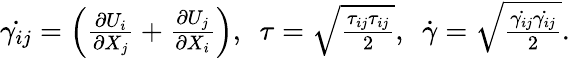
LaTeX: \begin{array}{r}{\dot{\gamma_{ij}}=\left(\frac{\partial U_{i}}{\partial X_{j}}+\frac{\partial U_{j}}{\partial X_{i}}\right),~~\tau=\sqrt{\frac{\tau_{ij}\tau_{ij}}{2}},~~\dot{\gamma}=\sqrt{\frac{\dot{\gamma_{ij}}\dot{\gamma_{ij}}}{2}}.}\end{array}